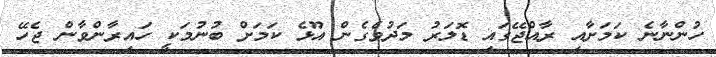
ހުންނާނެ ކަމަށާއި ރާއްޖޭގައި ޑޮލަރު މަދުވެގެން އޫޅެ ކަމަށް ބުނުމަކީ ހައިރާންވާން ޖެހޭ